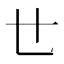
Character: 𠃒